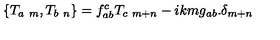
\left\{ T _ { a \ m } , T _ { b \ n } \right\} = f _ { a b } ^ { c } T _ { c \ m + n } - i k m g _ { a b } . \delta _ { m + n }